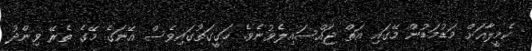
ކެމީލާއަށް މަޑުމަޑުން މޭގައި އަތް ޖައްސައިލެވުނެވެ. ހަގީގަތުގައިވެސް އޭނަގެ މޭގެ ތެރޭ ވިންދު